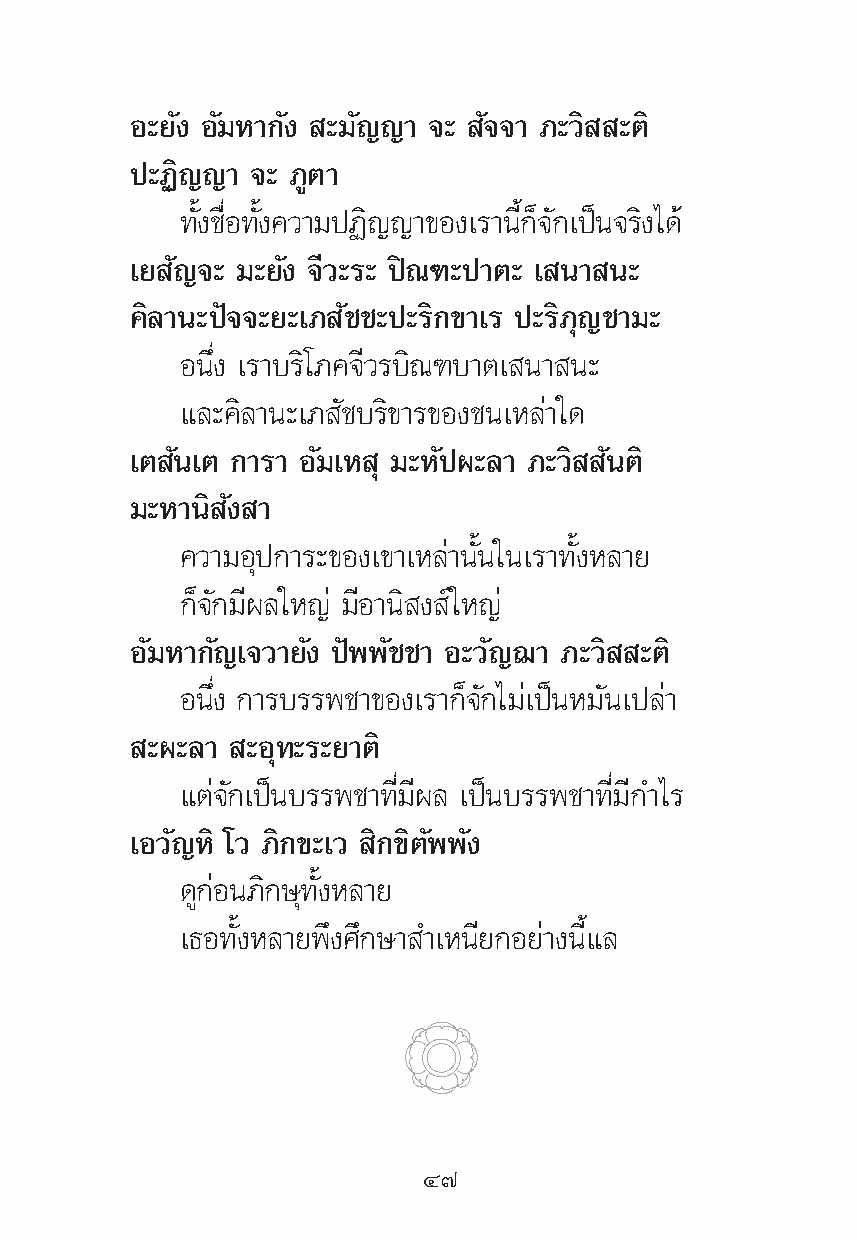
Õ–¬—ß Õ—¡À“°—ß –¡—≠≠“ ®– —®®“ ¿–«‘ –μ‘
 ª–Ø‘≠≠“ ®– ¿Ÿμ“
 ∑—Èß™◊ËÕ∑—Èß§«“¡ªØ‘≠≠“¢Õß‡√“π’È°Á®—°‡ªìπ®√‘ß‰¥â
 ‡¬ —≠®– ¡–¬—ß ®’«–√– ªî≥±–ª“μ– ‡ π“ π–
 §‘≈“π–ªí®®–¬–‡¿ —™™–ª–√‘°¢“‡√ ª–√‘¿ÿ≠™“¡–
 Õπ÷Ëß ‡√“∫√‘‚¿§®’«√∫‘≥±∫“μ‡ π“ π–
 ·≈–§‘≈“π–‡¿ —™∫√‘¢“√¢Õß™π‡À≈à“„¥
 ‡μ —π‡μ °“√“ Õ—¡‡À ÿ ¡–À—ªº–≈“ ¿–«‘ —πμ‘
 ¡–À“π‘ —ß “
 §«“¡Õÿª°“√–¢Õß‡¢“‡À≈à“π—Èπ„π‡√“∑—ÈßÀ≈“¬
 °Á®—°¡’º≈„À≠à ¡’Õ“π‘ ß å„À≠à
 Õ—¡À“°—≠‡®«“¬—ß ªíææ—™™“ Õ–«—≠¨“ ¿–«‘ –μ‘
 Õπ÷Ëß °“√∫√√æ™“¢Õß‡√“°Á®—°‰¡à‡ªìπÀ¡—π‡ª≈à“
 –º–≈“ –Õÿ∑–√–¬“μ‘
 ·μà®—°‡ªìπ∫√√æ™“∑’Ë¡’º≈ ‡ªìπ∫√√æ™“∑’Ë¡’°”‰√
 ‡Õ«—≠À‘ ‚« ¿‘°¢–‡« ‘°¢‘μ—ææ—ß
 ¥Ÿ°àÕπ¿‘°…ÿ∑—ÈßÀ≈“¬
 ‡∏Õ∑—ÈßÀ≈“¬æ÷ß»÷°…“ ”‡Àπ’¬°Õ¬à“ßπ’È·≈
 Ù˜